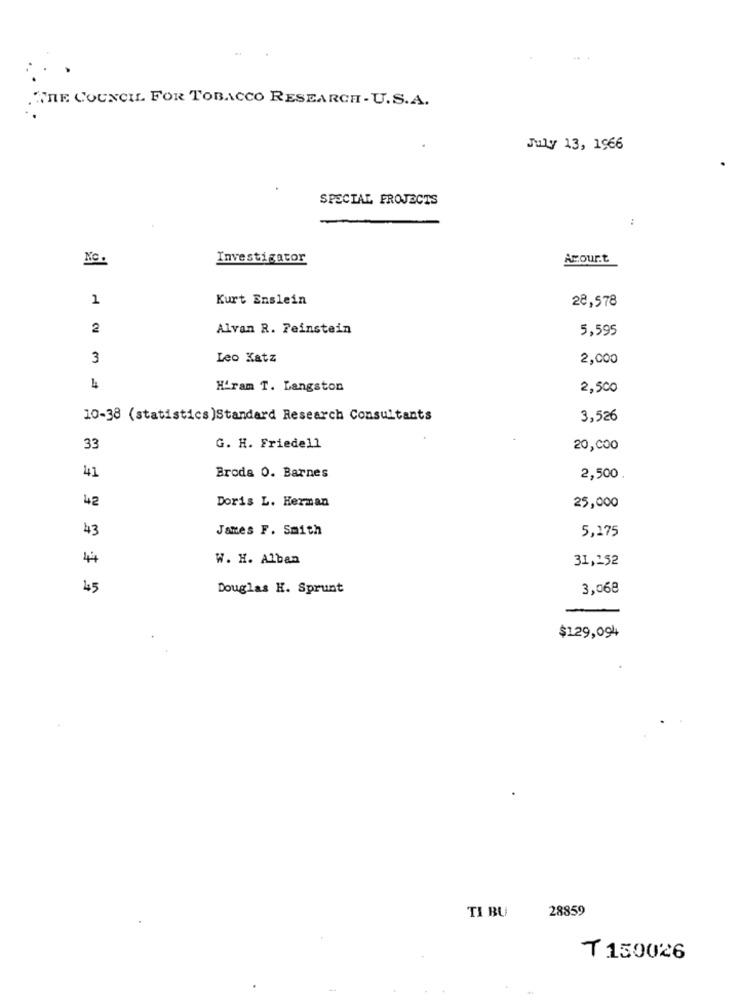
THE COUNCIL. FOR TOBACCO RESEARCH - U.S.A.
July 13, 1966
SPECIAL PROJECTS
:
No.
Investigator
Amour.t
1
Kurt Enslein
28,578
2
Alvan R. Feinstein
5,595
3
Leo Katz
2,000
4
Hiram T. Langston
2,500
10-38 (statistics)Standard Research Consultants
3,526
33
G. H. Friedell
20,000
41
Broda 0. Barnes
2,500 .
42
Doris L. Herman
25,000
43
James F. Smith
5,275
4+
W. H. Alban
31,252
45
Douglas H. Sprunt
3,068
$129,094
TI BU
28859
T 150026
-